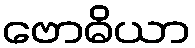
ဗောဓိယာ